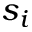
s _ { i }